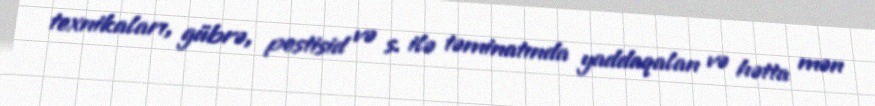
texnikaları, gübrə, pestisid və s. ilə təminatında yaddaqalan və hətta mən